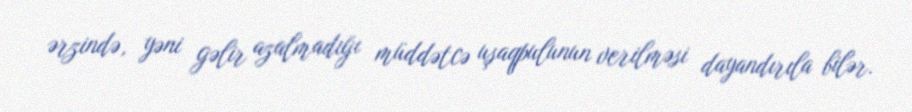
ərzində, yəni gəlir azalmadığı müddətcə uşaqpulunun verilməsi dayandırıla bilər.